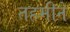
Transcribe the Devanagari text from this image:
तहमीने